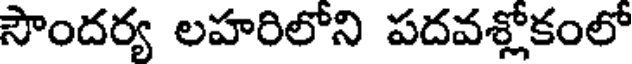
సౌందర్య లహరిలోని పదవశ్లోకంలో